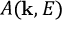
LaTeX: A ( \mathbf { k } , E )